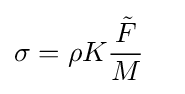
\sigma =\rho K{\frac {\tilde {F}}{M}}\quad